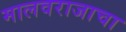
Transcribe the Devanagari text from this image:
मालवराजाचा